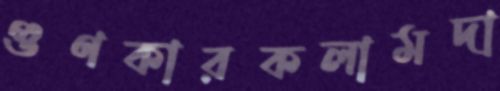
গুণকারকলামদা